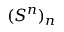
( S ^ { n } ) _ { n }